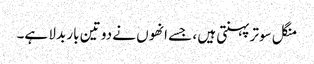
منگل سوتر پہنتی ہیں ، جسے انھوں نے دو تین بار بدلا ہے۔